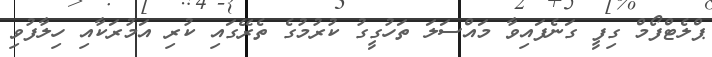
ޕްލެޓްފޯމް ގިފީ ގަނެފައިވާ މައްސަލަ ތަހުގީގު ކުރުމުގެ ތެރޭގައި ކުރި އަމުރަކާއި ހިލާފުވި